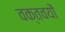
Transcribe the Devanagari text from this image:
वक्तवयों